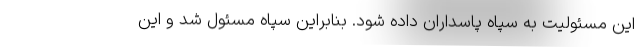
این مسئولیت به سپاه پاسداران داده شود. بنابراین سپاه مسئول شد و این